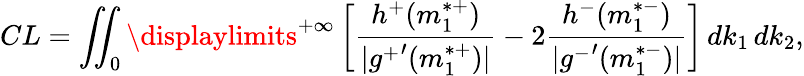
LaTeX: CL=\iint_{0}\displaylimits^{+\infty}\left[\frac{h^{+}(m_{1}^{*+})}{|{g^{+}}^{\prime}(m_{1}^{*+})|}-2\frac{h^{-}(m_{1}^{*-})}{|{g^{-}}^{\prime}(m_{1}^{*-})|}\right]\, dk_{1}\, dk_{2},